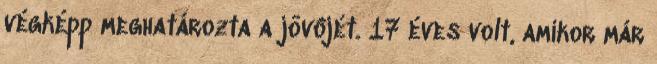
végképp meghatározta a jövôjét. 17 éves volt, amikor már